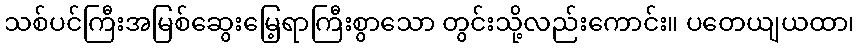
သစ်ပင်ကြီးအမြစ်ဆွေးမြေ့ရာကြီးစွာသော တွင်းသို့လည်းကောင်း။ ပတေယျယထာ၊